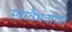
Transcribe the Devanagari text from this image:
स्वरवैभवाच्या